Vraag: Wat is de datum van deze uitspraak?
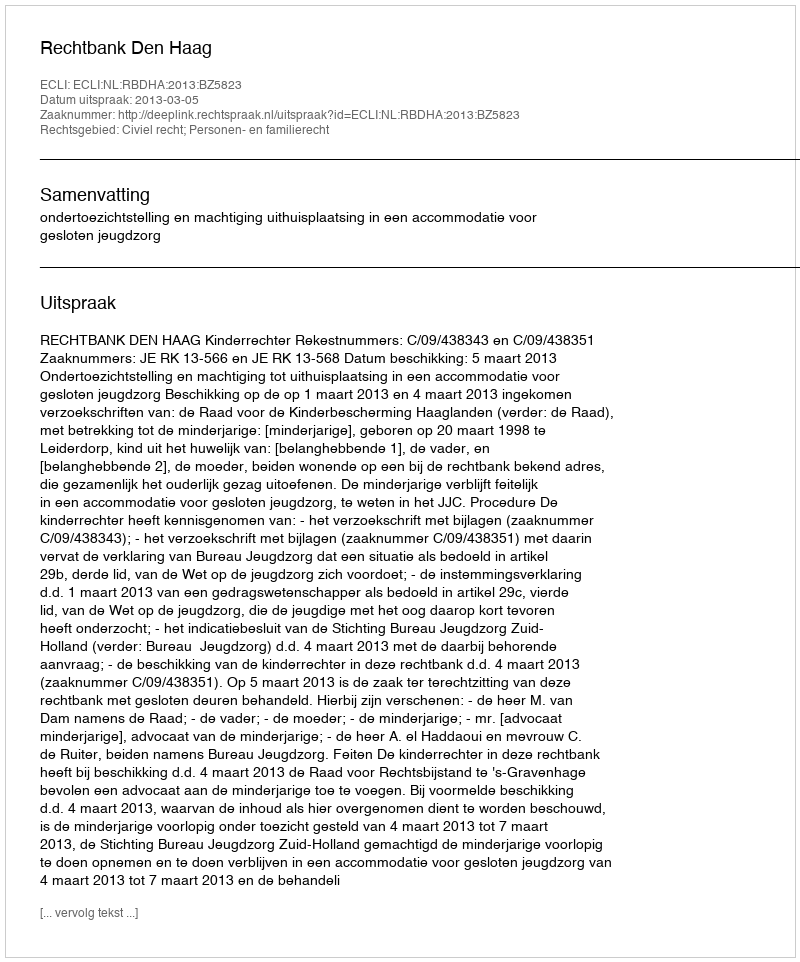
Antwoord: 2013-03-05